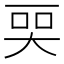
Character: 𬻠